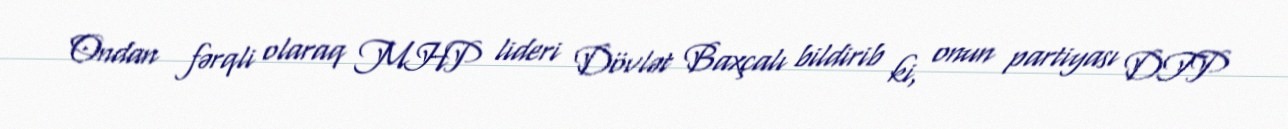
Ondan fərqli olaraq MHP lideri Dövlət Baxçalı bildirib ki, onun partiyası DTP